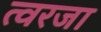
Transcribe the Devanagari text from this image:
त्वरजा